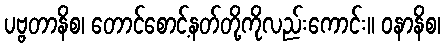
ပဗ္ဗတာနိစ၊ တောင်စောင့်နတ်တို့ကိုလည်းကောင်း။ ဝနာနိစ၊